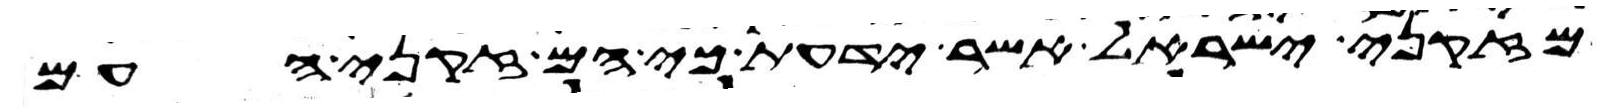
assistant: מזקני ישראל אשר ידעת כי הם זקני העם